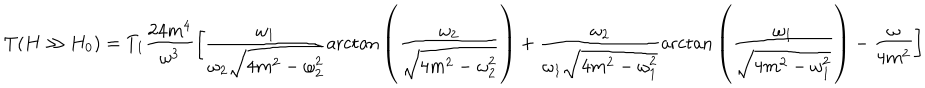
LaTeX: \displaystyle { T ( H \gg H _ { 0 } ) = T _ { 1 } \frac { 2 4 m ^ { 4 } } { \omega ^ { 3 } } \bigg [ \frac { \omega _ { 1 } } { \omega _ { 2 } \sqrt { 4 m ^ { 2 } - \omega _ { 2 } ^ { 2 } } } \mathrm { a r c t a n } \left( \frac { \omega _ { 2 } } { \sqrt { 4 m ^ { 2 } - \omega _ { 2 } ^ { 2 } } } \right) + \frac { \omega _ { 2 } } { \omega _ { 1 } \sqrt { 4 m ^ { 2 } - \omega _ { 1 } ^ { 2 } } } \mathrm { a r c t a n } \left( \frac { \omega _ { 1 } } { \sqrt { 4 m ^ { 2 } - \omega _ { 1 } ^ { 2 } } } \right) - \frac { \omega } { 4 m ^ { 2 } } \bigg ] }